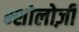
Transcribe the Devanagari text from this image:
म्शोलोज़ी